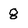
Character: g